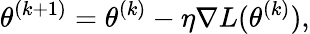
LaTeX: \theta^{(k+1)}=\theta^{(k)}-\eta\nabla L(\theta^{(k)}),